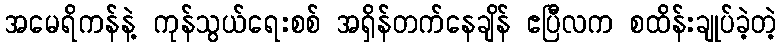
အမေရိကန်နဲ့ ကုန်သွယ်ရေးစစ် အရှိန်တက်နေချိန် ဧပြီလက စထိန်းချုပ်ခဲ့တဲ့